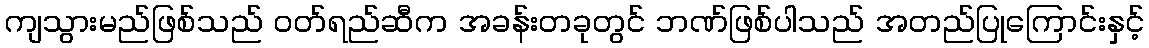
ကျသွားမည်ဖြစ်သည် ဝတ်ရည်ဆီက အခန်းတခုတွင် ဘဏ်ဖြစ်ပါသည် အတည်ပြုကြောင်းနှင့်